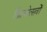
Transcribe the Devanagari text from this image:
फ़िल्मोत्सवों